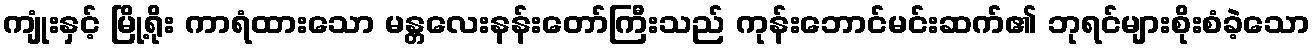
ကျုံးနှင့် မြို့ရိုး ကာရံထားသော မန္တလေးနန်းတော်ကြီးသည် ကုန်းဘောင်မင်းဆက်၏ ဘုရင်များစိုးစံခဲ့သော